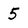
Character: 5